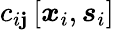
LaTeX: c_{i\mathbf{j}}\left[\boldsymbol{x}_{i},\boldsymbol{s}_{i}\right]